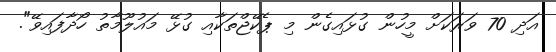
އަދި 70 ވަރަކަށް މީހުން ގުޅައިގެން މި ޕެކޭޖްތަކާއި ގުޅޭ މައުލޫމާތު ހޯދާފައިވޭ".